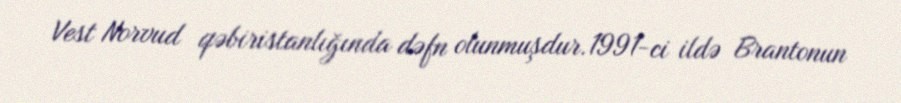
Vest Norvud qəbiristanlığında dəfn olunmuşdur.1991-ci ildə Brantonun